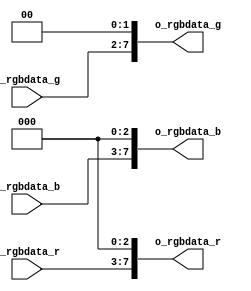
module RGB_565TO888(
    input       [4:0]       i_rgbdata_r,
    input       [5:0]       i_rgbdata_g,
    input       [4:0]       i_rgbdata_b,
    output      [7:0]       o_rgbdata_r,
    output      [7:0]       o_rgbdata_g,
    output      [7:0]       o_rgbdata_b
);
    assign      o_rgbdata_r = {i_rgbdata_r,3'd0};
    assign      o_rgbdata_g = {i_rgbdata_g,2'd0};
    assign      o_rgbdata_b = {i_rgbdata_b,3'd0};

endmodule